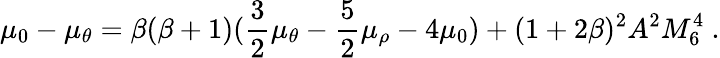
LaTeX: \mu_{0}-\mu_{\theta}=\beta(\beta+1)(\frac{3}{2}\mu_{\theta}-\frac{5}{2}\mu_{\rho}-4\mu_{0})+(1+2\beta)^{2}A^{2}M_{6}^{4}~.